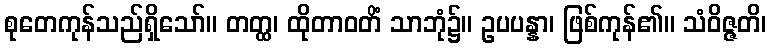
စုတေကုန်သည်ရှိသော်။ တတ္ထ၊ ထိုတာဝတိံ သာဘုံ၌။ ဥပပန္နာ၊ ဖြစ်ကုန်၏။ သံဝိဇ္ဇတိ၊